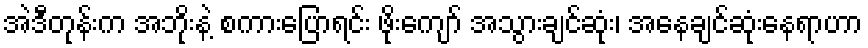
အဲဒီတုန်းက အဘိုးနဲ့ စကားပြောရင်း ဖိုးကျော် အသွားချင်ဆုံး၊ အနေချင်ဆုံးနေရာဟာ